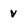
Character: v